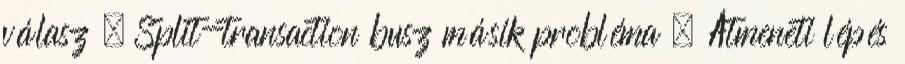
válasz – Split-transaction busz másik probléma ● Átmeneti lépés